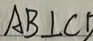
A B \bot C D